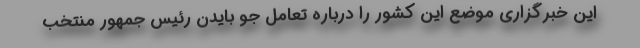
این خبرگزاری موضع این کشور را درباره تعامل جو بایدن رئیس جمهور منتخب